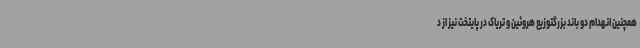
همچنین انهدام دو باند بزرگتوزیع هروئین و تریاک در پایتخت نیز از د